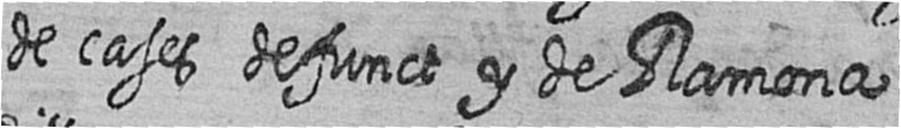
de cases defunct y de Ramona